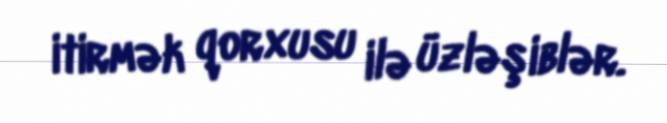
itirmək qorxusu ilə üzləşiblər.